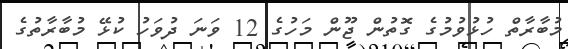
މުބާރާތް ހުޅުވުމުގެ ގޮތުން ޖޫން މަހުގެ 12 ވަނަ ދުވަހު ކުޅޭ މުބާރާތުގެ